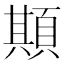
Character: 䫏